Indian journal of veterinary science and animal husbandry - Volume 11,
Year: 1941
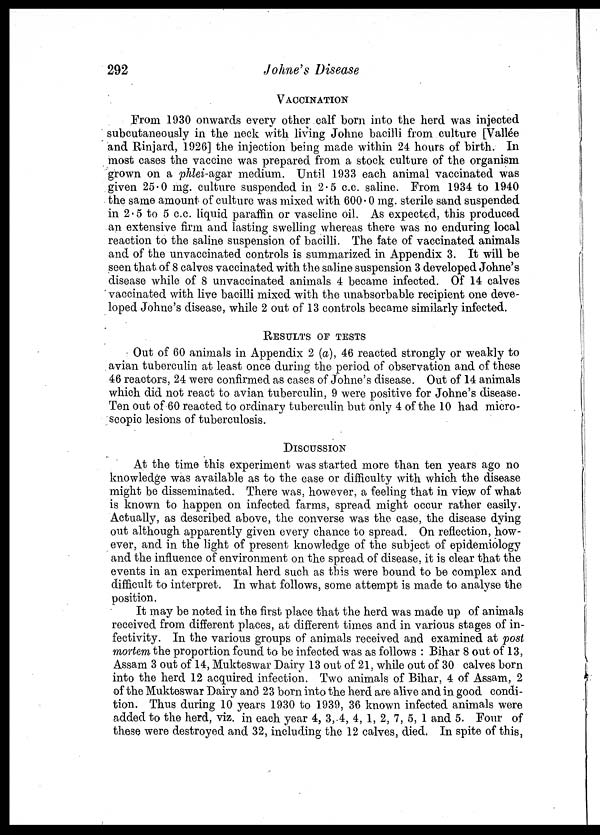
292
Johne's Disease
VACCINATION
From 1930 onwards every other calf born into the herd was injected
subcutaneously in the neck with living Johne bacilli from culture [Vallée
and Rinjard, 1926] the injection being made within 24 hours of birth. In
most cases the vaccine was prepared from a stock culture of the organism
grown on a phlei-agar medium. Until 1933 each animal vaccinated was
given 25.0 mg. culture suspended in 2.5 c.c. saline. From 1934 to 1940
the same amount of culture was mixed with 600.0 mg. sterile sand suspended
in 2.5 to 5 c.c. liquid paraffin or vaseline oil. As expected, this produced
an extensive firm and lasting swelling whereas there was no enduring local
reaction to the saline suspension of bacilli. The fate of vaccinated animals
and of the unvaccinated controls is summarized in Appendix 3. It will be
seen that of 8 calves vaccinated with the saline suspension 3 developed Johne's
disease while of 8 unvaccinated animals 4 became infected. Of 14 calves
vaccinated with live bacilli mixed with the unabsorbable recipient one deve-
loped Johne's disease, while 2 out of 13 controls became similarly infected.
RESULTS OF TESTS
Out of 60 animals in Appendix 2 (a), 46 reacted strongly or weakly to
avian tuberculin at least once during the period of observation and of these
46 reactors, 24 were confirmed as cases of Johne's disease. Out of 14 animals
which did not react to avian tuberculin, 9 were positive for Johne's disease.
Ten out of 60 reacted to ordinary tuberculin but only 4 of the 10 had micro-
scopic lesions of tuberculosis.
DISCUSSION
At the time this experiment was started more than ten years ago no
knowledge was available as to the ease or difficulty with which the disease
might be disseminated. There was, however, a feeling that in view of what
is known to happen on infected farms, spread might occur rather easily.
Actually, as described above, the converse was the case, the disease dying
out although apparently given every chance to spread. On reflection, how-
ever, and in the light of present knowledge of the subject of epidemiology
and the influence of environment on the spread of disease, it is clear that the
events in an experimental herd such as this were bound to be complex and
difficult to interpret. In what follows, some attempt is made to analyse the
position.
It may be noted in the first place that the herd was made up of animals
received from different places, at different times and in various stages of in-
fectivity. In the various groups of animals received and examined at post
mortem the proportion found to be infected was as follows : Bihar 8 out of 13,
Assam 3 out of 14, Mukteswar Dairy 13 out of 21, while out of 30 calves born
into the herd 12 acquired infection. Two animals of Bihar, 4 of Assam, 2
of the Mukteswar Dairy and 23 born into the herd are alive and in good condi-
tion. Thus during 10 years 1930 to 1939, 36 known infected animals were
added to the herd, viz. in each year 4, 3, 4, 4, 1, 2, 7, 5, 1 and 5. Four of
these were destroyed and 32, including the 12 calves, died. In spite of this,